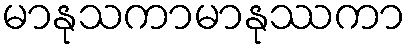
မာနုသကာမာနုဿကာ